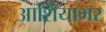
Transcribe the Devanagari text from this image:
आशियाभर